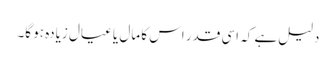
دلیل ہے کہ اسی قدر اس کا مال یا عیال زیادہ ہو گا۔